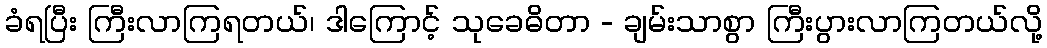
ခံရပြီး ကြီးလာကြရတယ်၊ ဒါကြောင့် သုခေဓိတာ - ချမ်းသာစွာ ကြီးပွားလာကြတယ်လို့